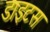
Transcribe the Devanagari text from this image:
डाइटस